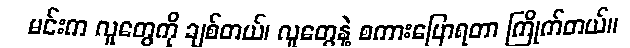
မင်းက လူတွေကို ချစ်တယ်၊ လူတွေနဲ့ စကားပြောရတာ ကြိုက်တယ်။